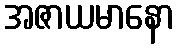
အဇာယမာနော